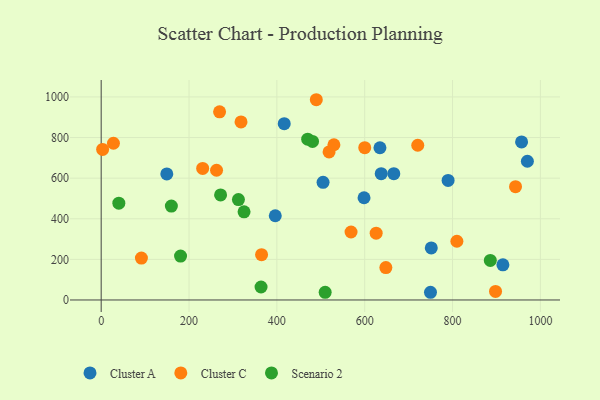
{"axis": {"x": "Engine Size", "y": "Rating"}, "legend": ["Cluster A", "Cluster C", "Scenario 2"], "data": [{"x": "598.5", "y": 503.4, "type": "Cluster A"}, {"x": "749.8", "y": 37.9, "type": "Cluster A"}, {"x": "751.6", "y": 256.3, "type": "Cluster A"}, {"x": "634.7", "y": 749.8, "type": "Cluster A"}, {"x": "149.4", "y": 620.7, "type": "Cluster A"}, {"x": "970.4", "y": 683.3, "type": "Cluster A"}, {"x": "789.9", "y": 588.9, "type": "Cluster A"}, {"x": "637.6", "y": 621.9, "type": "Cluster A"}, {"x": "914.7", "y": 172.9, "type": "Cluster A"}, {"x": "416.8", "y": 868.4, "type": "Cluster A"}, {"x": "396.4", "y": 414.7, "type": "Cluster A"}, {"x": "505.2", "y": 579.7, "type": "Cluster A"}, {"x": "666.3", "y": 622.2, "type": "Cluster A"}, {"x": "957.2", "y": 778.3, "type": "Cluster A"}, {"x": "626.1", "y": 329.2, "type": "Cluster C"}, {"x": "568.9", "y": 334.8, "type": "Cluster C"}, {"x": "489.8", "y": 986.3, "type": "Cluster C"}, {"x": "3.3", "y": 741.7, "type": "Cluster C"}, {"x": "809.9", "y": 289.1, "type": "Cluster C"}, {"x": "897.9", "y": 42.2, "type": "Cluster C"}, {"x": "518.9", "y": 729.3, "type": "Cluster C"}, {"x": "91.6", "y": 206.4, "type": "Cluster C"}, {"x": "269.6", "y": 926.8, "type": "Cluster C"}, {"x": "600.1", "y": 750.0, "type": "Cluster C"}, {"x": "231.1", "y": 648.0, "type": "Cluster C"}, {"x": "720.8", "y": 762.1, "type": "Cluster C"}, {"x": "648.2", "y": 159.6, "type": "Cluster C"}, {"x": "943.4", "y": 557.8, "type": "Cluster C"}, {"x": "318.4", "y": 876.9, "type": "Cluster C"}, {"x": "27.9", "y": 771.8, "type": "Cluster C"}, {"x": "529.9", "y": 764.5, "type": "Cluster C"}, {"x": "365.2", "y": 223.1, "type": "Cluster C"}, {"x": "262.7", "y": 638.9, "type": "Cluster C"}, {"x": "40.2", "y": 476.6, "type": "Scenario 2"}, {"x": "325.3", "y": 434.2, "type": "Scenario 2"}, {"x": "180.7", "y": 216.2, "type": "Scenario 2"}, {"x": "470.2", "y": 792.2, "type": "Scenario 2"}, {"x": "510.0", "y": 37.9, "type": "Scenario 2"}, {"x": "481.2", "y": 780.7, "type": "Scenario 2"}, {"x": "271.9", "y": 517.6, "type": "Scenario 2"}, {"x": "312.5", "y": 494.7, "type": "Scenario 2"}, {"x": "364.0", "y": 64.0, "type": "Scenario 2"}, {"x": "886.0", "y": 195.0, "type": "Scenario 2"}, {"x": "159.8", "y": 462.3, "type": "Scenario 2"}]}